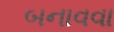
બનાવવા